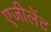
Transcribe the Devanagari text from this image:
एजीलेंट